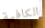
الكافية